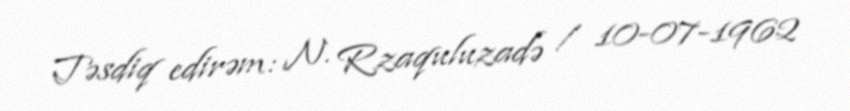
Təsdiq edirəm: N. Rzaquluzadə / 10-07-1962